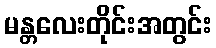
မန္တလေးတိုင်းအတွင်း